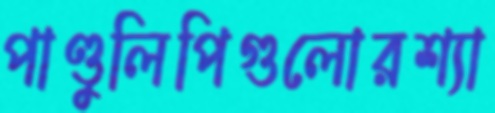
পাণ্ডুলিপিগুলোরশ্যা